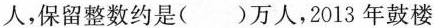
人，保留整数约是（ ）万人，2013年鼓楼